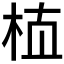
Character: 𰗝